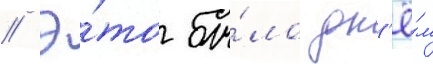
// Э́то бы́ло дн'ё́м